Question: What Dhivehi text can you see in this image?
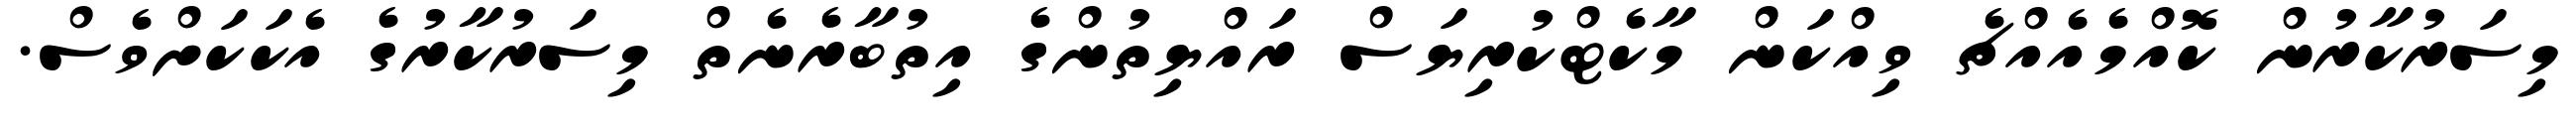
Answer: މިސަރުކާރުން ކޮއްމެއެއްޗެ ވިއްކަން މާކެޓްކުރިޔަސް ރައްޔިތުންގެ އިތުބާރެނެތް މިސަރުކާރުގެ އެކަކަށްވެސް.